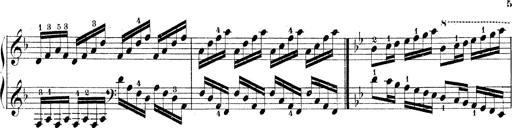
Title: Technische Studien
Composer: Franz Liszt